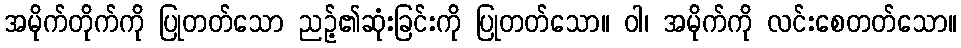
အမိုက်တိုက်ကို ပြုတတ်သော ညဉ့်၏ဆုံးခြင်းကို ပြုတတ်သော။ ဝါ၊ အမိုက်ကို လင်းစေတတ်သော။